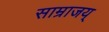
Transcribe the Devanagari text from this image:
साम्राजय्